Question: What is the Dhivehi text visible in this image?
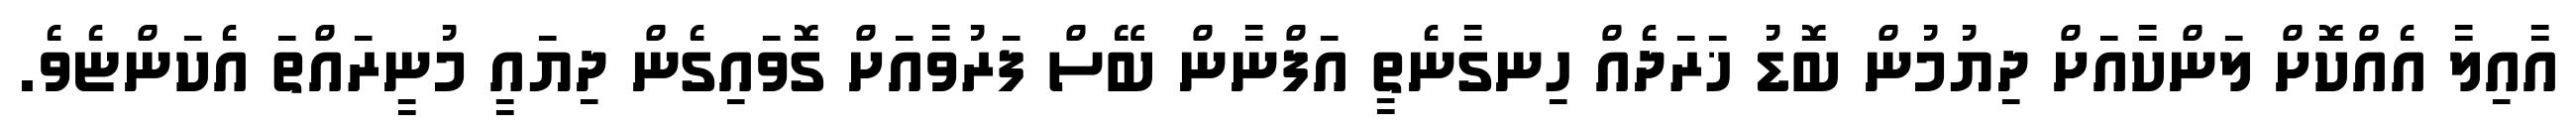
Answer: އާއިލާ އެއްކޮށް ލަންކާއަށް ދިޔުމުން ބޮޑު ޚަރަދެއް ހިނގާނެތީ އަފްނާން ބޭސް ފަރުވާއަށް ގޮވައިގެން ދިޔައީ މުނީރައްތަ އެކަންޏެވެ.